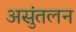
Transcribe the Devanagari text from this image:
असुंतलन